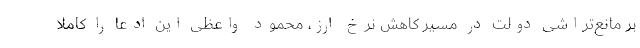
بر مانع‌تراشی دولت در مسیر کاهش نرخ ارز، محمود واعظی این ادعا را کاملا